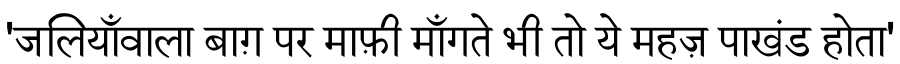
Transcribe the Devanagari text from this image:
'जलियाँवाला बाग़ पर माफ़ी माँगते भी तो ये महज़ पाखंड होता'